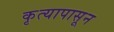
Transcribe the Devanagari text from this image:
कृत्यापासून